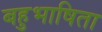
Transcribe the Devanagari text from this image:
बहुभाषिता